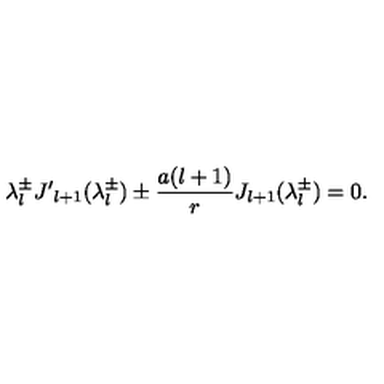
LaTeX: \lambda _ { l } ^ { \pm } { J ^ { \prime } } _ { l + 1 } ( \lambda _ { l } ^ { \pm } ) \pm \frac { a ( l + 1 ) } r J _ { l + 1 } ( \lambda _ { l } ^ { \pm } ) = 0 .